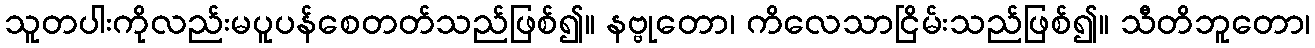
သူတပါးကိုလည်းမပူပန်စေတတ်သည်ဖြစ်၍။ နဗ္ဗုတော၊ ကိလေသာငြိမ်းသည်ဖြစ်၍။ သီတိဘူတော၊